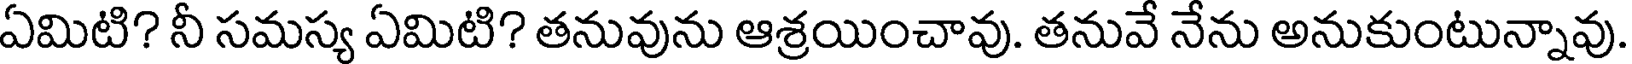
ఏమిటి? నీ సమస్య ఏమిటి? తనువును ఆశ్రయించావు. తనువే నేను అనుకుంటున్నావు